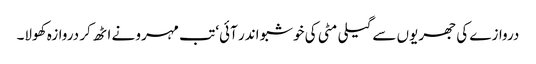
دروازے کی جھریوں سے گیلی مٹی کی خوشبو اندر آئی‘ تب مہرو نے اٹھ کر دروازہ کھولا۔